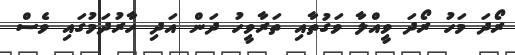
ރޯދަ މަހު ރޯދަ ވީއްލާ ވަގުތާއި ތަރާވީހު ދަން އަދި ހާރުދަމުގައި ވެސް